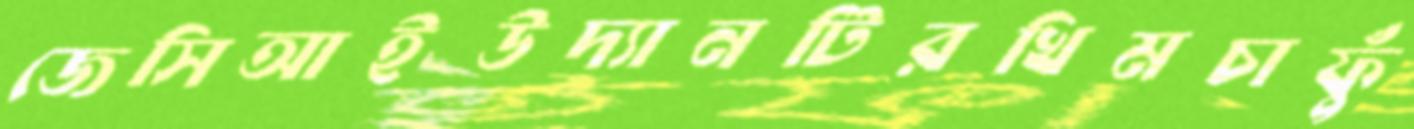
জেসিআইউদ্যানটিরখিমচাফুঁ